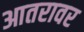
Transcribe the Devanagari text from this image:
आतरावर